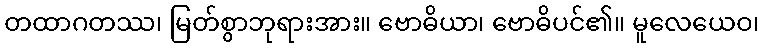
တထာဂတဿ၊ မြတ်စွာဘုရားအား။ ဗောဓိယာ၊ ဗောဓိပင်၏။ မူလေယေဝ၊